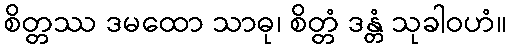
စိတ္တဿ ဒမထော သာဓု၊ စိတ္တံ ဒန္တံ သုခါဝဟံ။